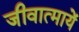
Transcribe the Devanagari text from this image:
जीवात्मायें